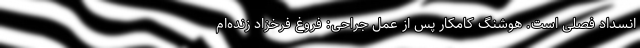
انسداد فصلی است. هوشنگ کامکار پس از عمل جراحی: فروغ فرخزاد زنده‌ام